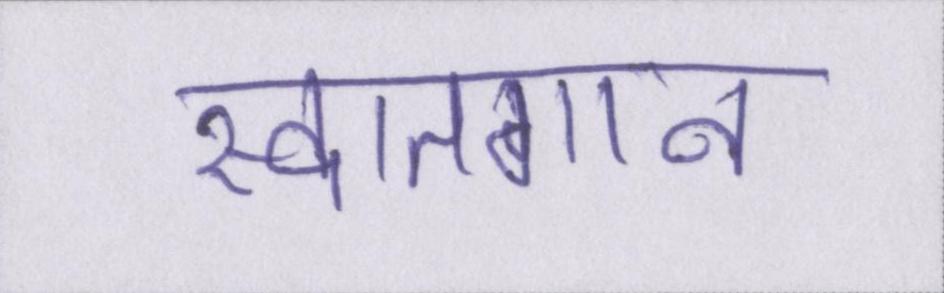
स्वातगान